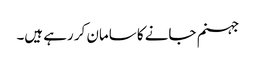
جہنم جانے کا سامان کر رہے ہیں۔